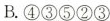
B.④③⑤②③